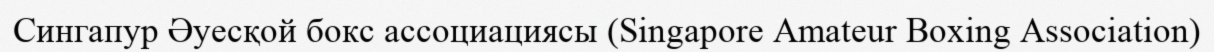
Сингапур Әуесқой бокс ассоциациясы (Singapore Amateur Boxing Association)